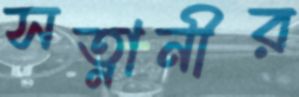
সত্নানীর